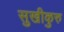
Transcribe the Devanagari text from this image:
सुखीकुरु